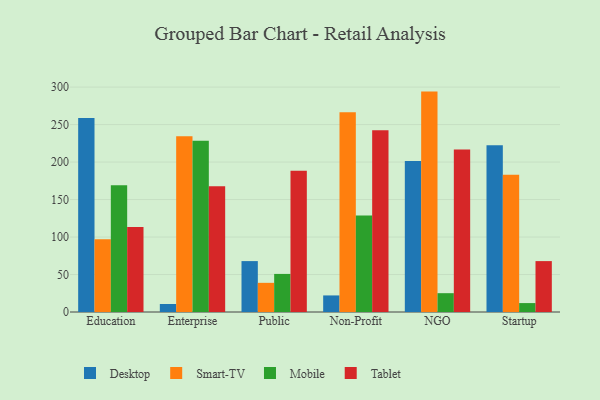
{"axis": {"x": "Segment", "y": "Customer Acquisition Cost (USD)"}, "legend": ["Desktop", "Mobile", "Smart-TV", "Tablet"], "data": [{"x": "Education", "y": 258.8, "type": "Desktop"}, {"x": "Education", "y": 96.9, "type": "Smart-TV"}, {"x": "Education", "y": 169.2, "type": "Mobile"}, {"x": "Education", "y": 113.4, "type": "Tablet"}, {"x": "Enterprise", "y": 10.7, "type": "Desktop"}, {"x": "Enterprise", "y": 234.3, "type": "Smart-TV"}, {"x": "Enterprise", "y": 228.6, "type": "Mobile"}, {"x": "Enterprise", "y": 167.7, "type": "Tablet"}, {"x": "Public", "y": 67.9, "type": "Desktop"}, {"x": "Public", "y": 38.9, "type": "Smart-TV"}, {"x": "Public", "y": 50.8, "type": "Mobile"}, {"x": "Public", "y": 188.3, "type": "Tablet"}, {"x": "Non-Profit", "y": 22.1, "type": "Desktop"}, {"x": "Non-Profit", "y": 266.5, "type": "Smart-TV"}, {"x": "Non-Profit", "y": 128.7, "type": "Mobile"}, {"x": "Non-Profit", "y": 242.6, "type": "Tablet"}, {"x": "NGO", "y": 201.3, "type": "Desktop"}, {"x": "NGO", "y": 294.0, "type": "Smart-TV"}, {"x": "NGO", "y": 25.1, "type": "Mobile"}, {"x": "NGO", "y": 216.6, "type": "Tablet"}, {"x": "Startup", "y": 222.3, "type": "Desktop"}, {"x": "Startup", "y": 183.2, "type": "Smart-TV"}, {"x": "Startup", "y": 11.9, "type": "Mobile"}, {"x": "Startup", "y": 67.9, "type": "Tablet"}]}